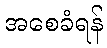
အစေခံရန်